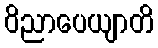
ဝိညာပေယျာတိ